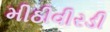
મીઠીવીરડી